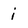
Character: i